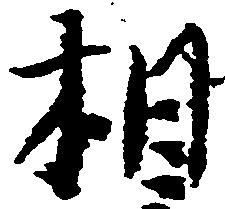
相